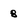
Character: 8